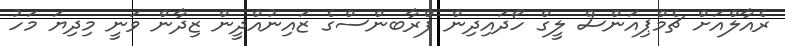
ރެއާލްއަށް ޗެމްޕިއަންސް ލީގް ހޯދައިދިން ފްރާބންސްގެ ޒައިނުއްދީން ޒިދާން ވަނީ މިދިޔަ މަހު